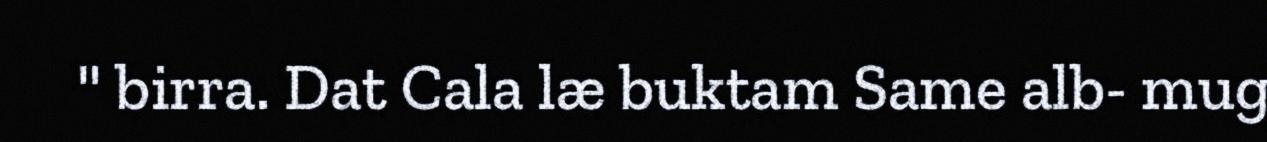
" birra. Dat Cala læ buktam Same alb- mug